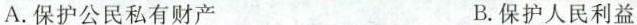
A.保护公民私有财产 B.保护人民利益